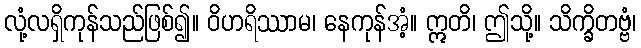
လုံ့လရှိကုန်သည်ဖြစ်၍။ ဝိဟရိဿာမ၊ နေကုန်အံ့။ ဣတိ၊ ဤသို့။ သိက္ခိတဗ္ဗံ၊